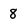
Character: 8